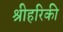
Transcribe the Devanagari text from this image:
श्रीहरिकी